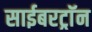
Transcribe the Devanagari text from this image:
साईबरट्राॅन